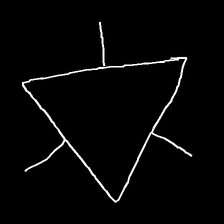
Glyph: fire